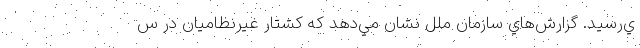
ي‌رسيد. گزارش‌هاي سازمان ملل نشان مي‌دهد كه كشتار غيرنظاميان در س